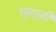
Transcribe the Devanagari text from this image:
गुरुपुत्री